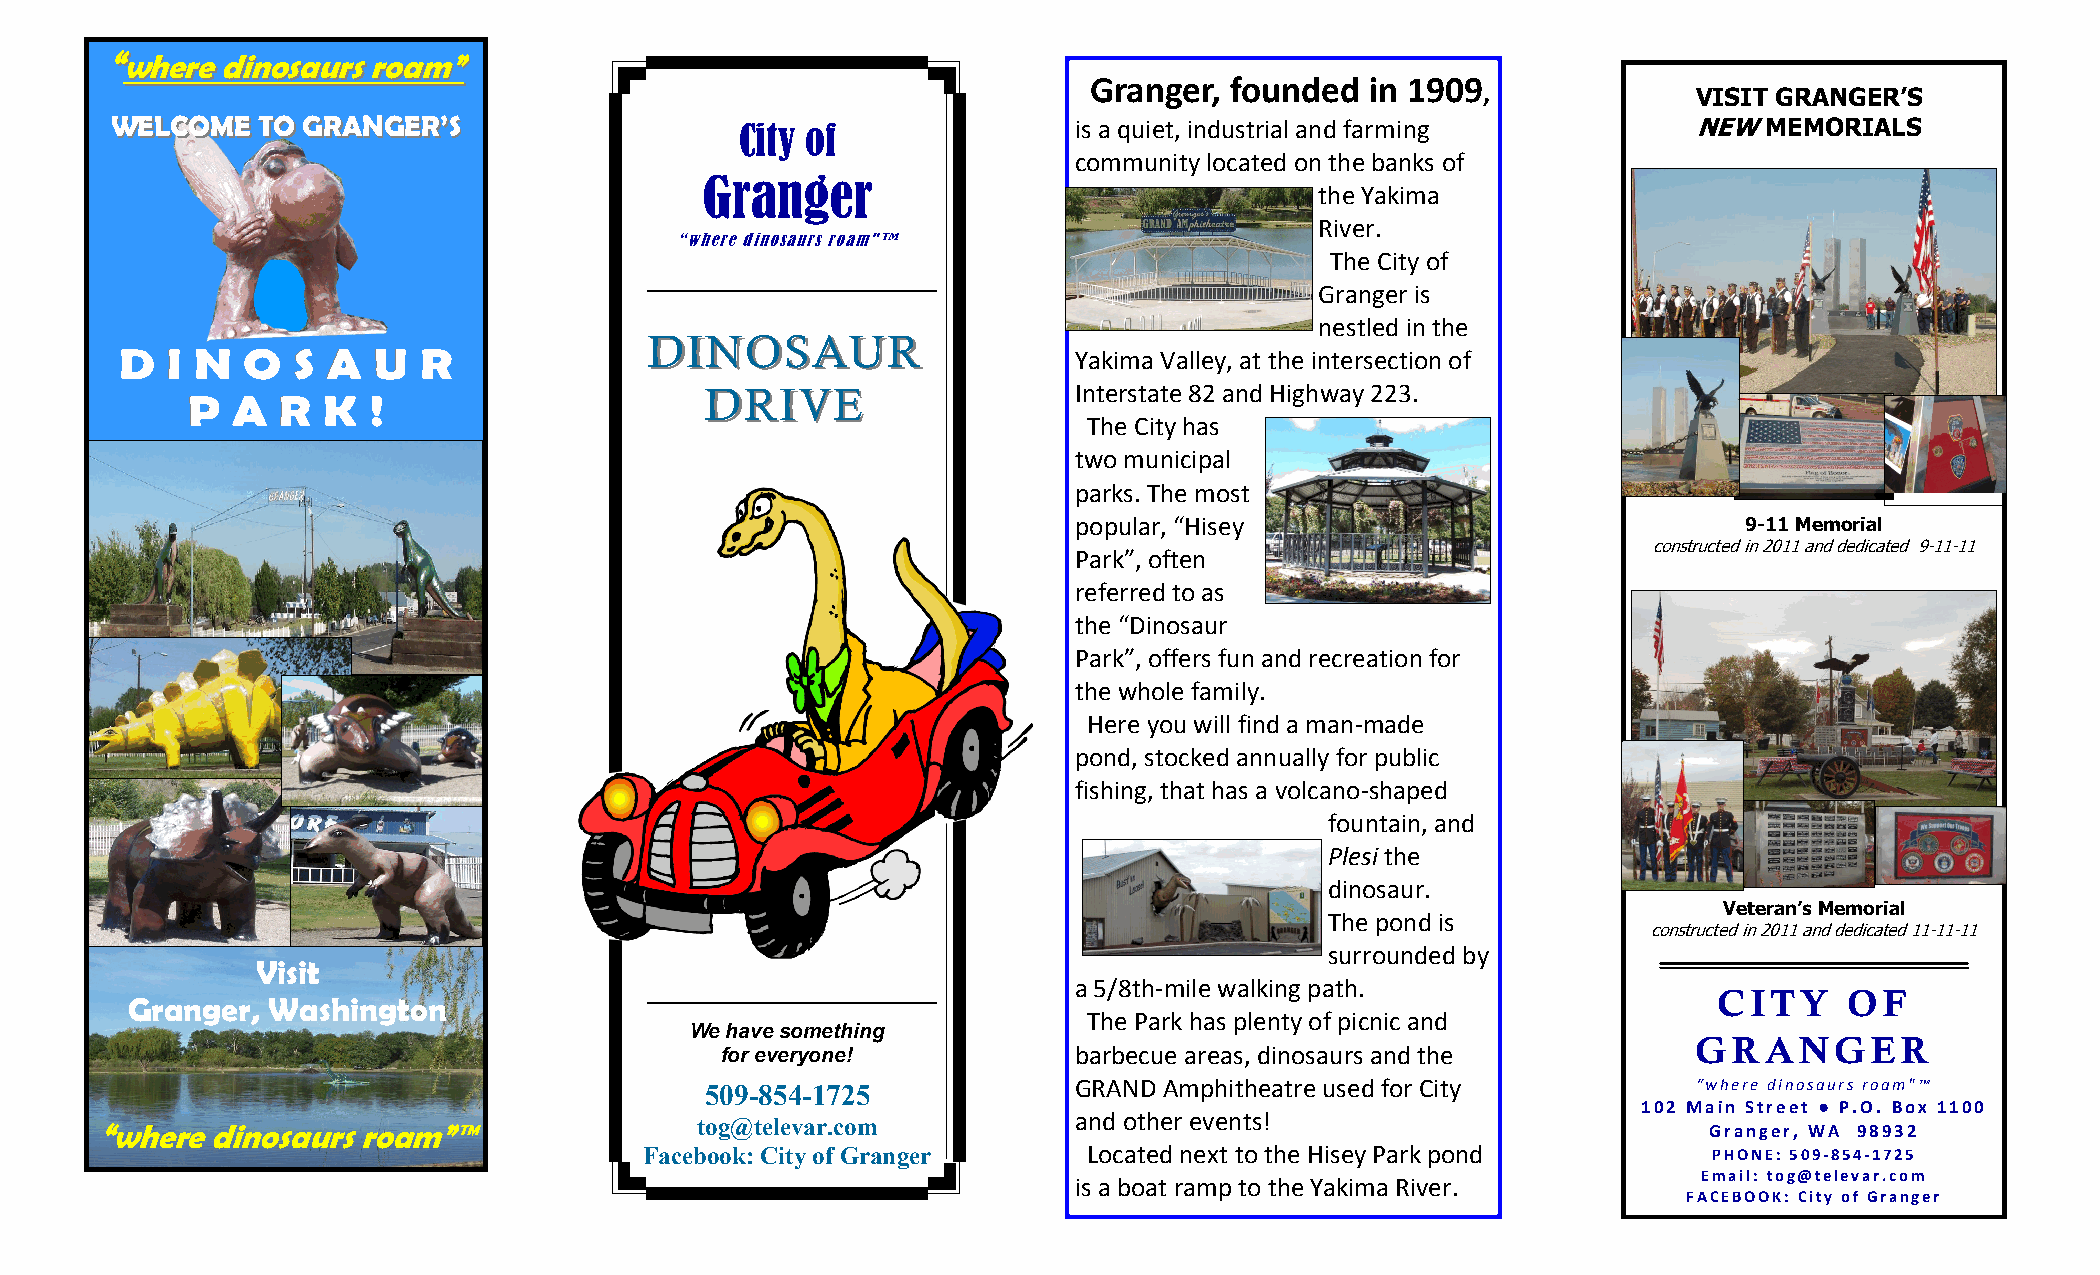
““wwhheerree ddiinnoossaauurrss rrooaamm””
 Granger, founded   in 1909
 ,             VISIT GRANGER’S
 WWEELLCCOOMMEE TTOO GGRRAANNGGEERR’’SS    City of               is a quiet, industrial and farming       NEW  MEMORIALS
 community located on the banks of
 Granger
 the Yakima
 River.
 “where dinosaurs roam"™
 The City of
 Granger is
 nestled in the
 DDIINNOOSSAAUURR
 DDD III NNN OOO SSS AAA UUU RRR                                Yakima Valley, at the intersection of
 PPP AAA RRR KKK !!!
 DDRRIIVVEE              Interstate 82 and Highway 223.
 The City has
 two municipal
 parks. The most
 popular, “Hisey                              9-11 Memorial
 constructed in 2011 and dedicated 9-11-11
 Park”, often
 referred to as
 the “Dinosaur
 Park”, offers fun and recreation for
 the whole family.
 Here you will find a man-made
 pond, stocked annually for public
 fishing, that has a volcano-shaped
 fountain, and
 Plesi the
 dinosaur.
 Veteran’s Memorial
 The pond is
 constructed in 2011 and dedicated 11-11-11
 surrounded by
 Visit
 a 5/8th-mile walking path.
 CITY    OF
 Granger,  Washington
 The Park has plenty of picnic and
 We have something
 GRANGER
 for everyone!          barbecue areas, dinosaurs and the
 509-85 4-1725           GRAND Amphitheatre used for City         “where dinosaurs roam"™
 102 Main Street ● P.O. Box 1100
 “where  dinosaurs roam”™
 tog@televar.com          and other events!
 Granger, WA 98932
 Facebook: City of Granger    Located next to the Hisey Park pond      PHONE: 509-854-1725
 Email: tog@televar.com
 is a boat ramp to the Yakima River.
 FACEBOOK: City of Granger